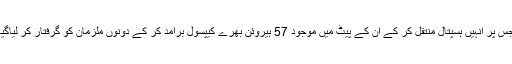
جس پر انہیں ہسپتال منتقل کر کے ان کے پیٹ میں موجود 57 ہیروئن بھرے کیپسول برآمد کر کے دونوں ملزمان کو گرفتار کر لیاگیا۔